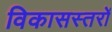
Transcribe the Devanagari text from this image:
विकासस्तरों